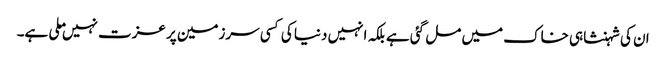
ان کی شہنشاہی خاک میں مل گئی ہے بلکہ انہیں دنیا کی کسی سرزمین پر عزت نہیں ملی ہے۔